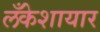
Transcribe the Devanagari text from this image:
लँकेशायार